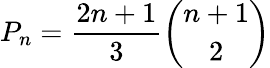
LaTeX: P_{n}={\frac{2n+1}{3}}{\binom{n+1}{2}}